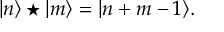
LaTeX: | n \rangle \star | m \rangle = | n + m - 1 \rangle .